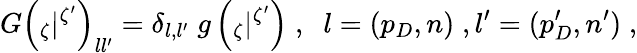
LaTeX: G\left({}_{\zeta}|{}^{\zeta^{\prime}}\right)_{ll^{\prime}}=\delta_{l,l^{\prime}}\; g\left({}_{\zeta}|{}^{\zeta^{\prime}}\right)\; ,\; \; l=(p_{D},n)\; ,l^{\prime}=(p_{D}^{\prime},n^{\prime})\; ,